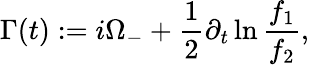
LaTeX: \Gamma(t):=i\Omega_{-}+\frac{1}{2}\partial_{t}\ln\frac{f_{1}}{f_{2}},